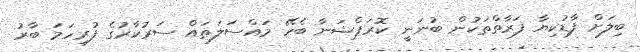
ބިލަށް ފާޑުކިޔާ ފަރާތްތަކުން ބުނަނީ ކޮރަޕްޝަނާ ބެހޭ މައްސަލަތައް ސަރުކާރުގެ ފުރިހަމަ ބާރު